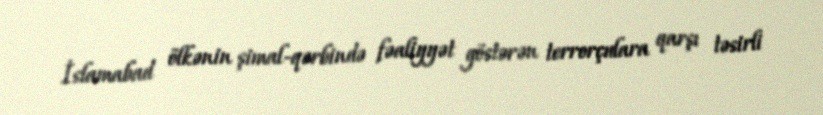
İslamabad ölkənin şimal-qərbində fəaliyyət göstərən terrorçulara qarşı təsirli